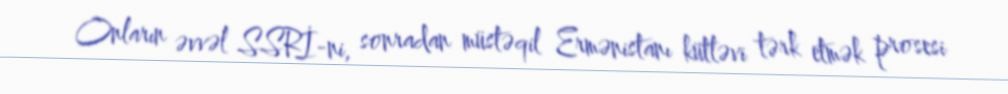
Onların əvvəl SSRİ-ni, sonradan müstəqil Ermənistanı kütləvi tərk etmək prosesi